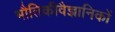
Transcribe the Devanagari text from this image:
भौतिकीवैज्ञानिकों